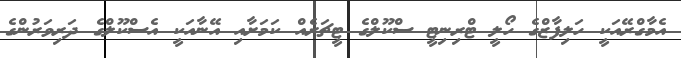
އެމާގްރޭއަކީ ހަލިފާޒްގެ ހޯލީ ޓްރިނިޓީ ސްކޫލްގެ ޓީޗަރެއް ކަމަށާއި އޭނާއަކީ އެސްކޫލްގެ ދަރިވަރުންގެ